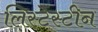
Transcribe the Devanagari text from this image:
लिस्टेंस्टीन